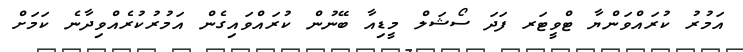
އަމުރު ކުރައްވަންޔާ ޓްވީޓަރ ފަދަ ސޯޝަލް މީޑިއާ ބޭނުން ކުރައްވައިގެން އަމުރުކުރެއްވިދާނެ ކަމަށް